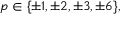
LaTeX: p \in \{ \pm 1 , \pm 2 , \pm 3 , \pm 6 \} ,